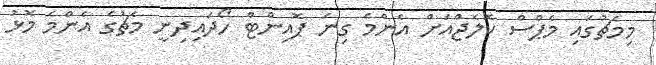
މިމެޗުގައި މެޕްސް ކޮލެޖްއަށް އެންމެ ގިނަ ޕޮއިންޓް ހޯދައިދިނީ މެޗުގެ އެންމެ މޮޅު